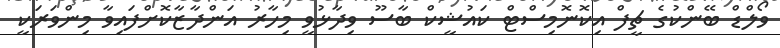
ވޯލްޑް ބޭންކުގެ ޗީފް އިކޮނޮމިސްޓް ކައުޝީކް ބާސޫ ވިދާޅުވީ މިހާރު އަންދާޒާކޮށްފައިވާ މިންވަރަކީ